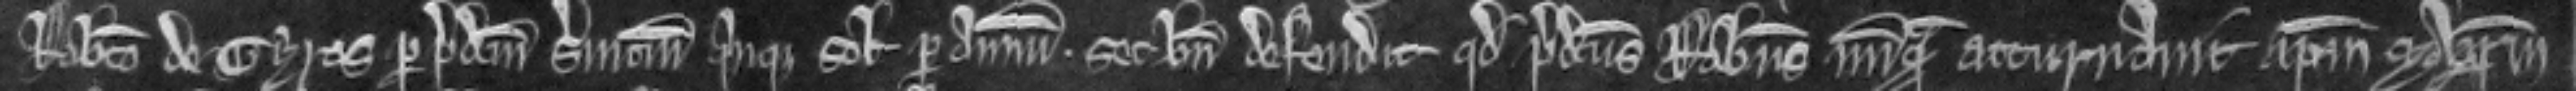
Roberto de Gyros per predictum servicium quinque solidorum per annum set bene defendit quod predictus Robertus nunquam atturnavit ipsum Magistrum